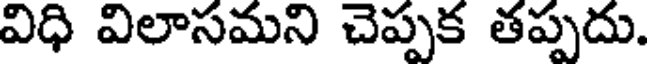
విధి విలాసమని చెప్పక తప్పదు.